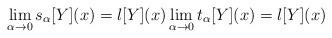
LaTeX: \begin{align*}\lim_{\alpha\to 0}s_\alpha[Y](x)=l[Y](x) \lim_{\alpha\to 0}t_\alpha[Y](x)=l[Y](x)\end{align*}